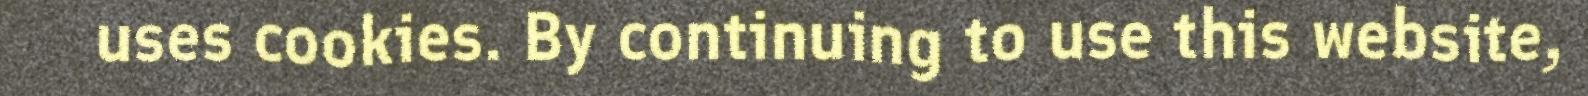
uses cookies. By continuing to use this website,